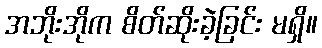
အဘိုးအိုက စိတ်ဆိုးခဲ့ခြင်း မရှိ။